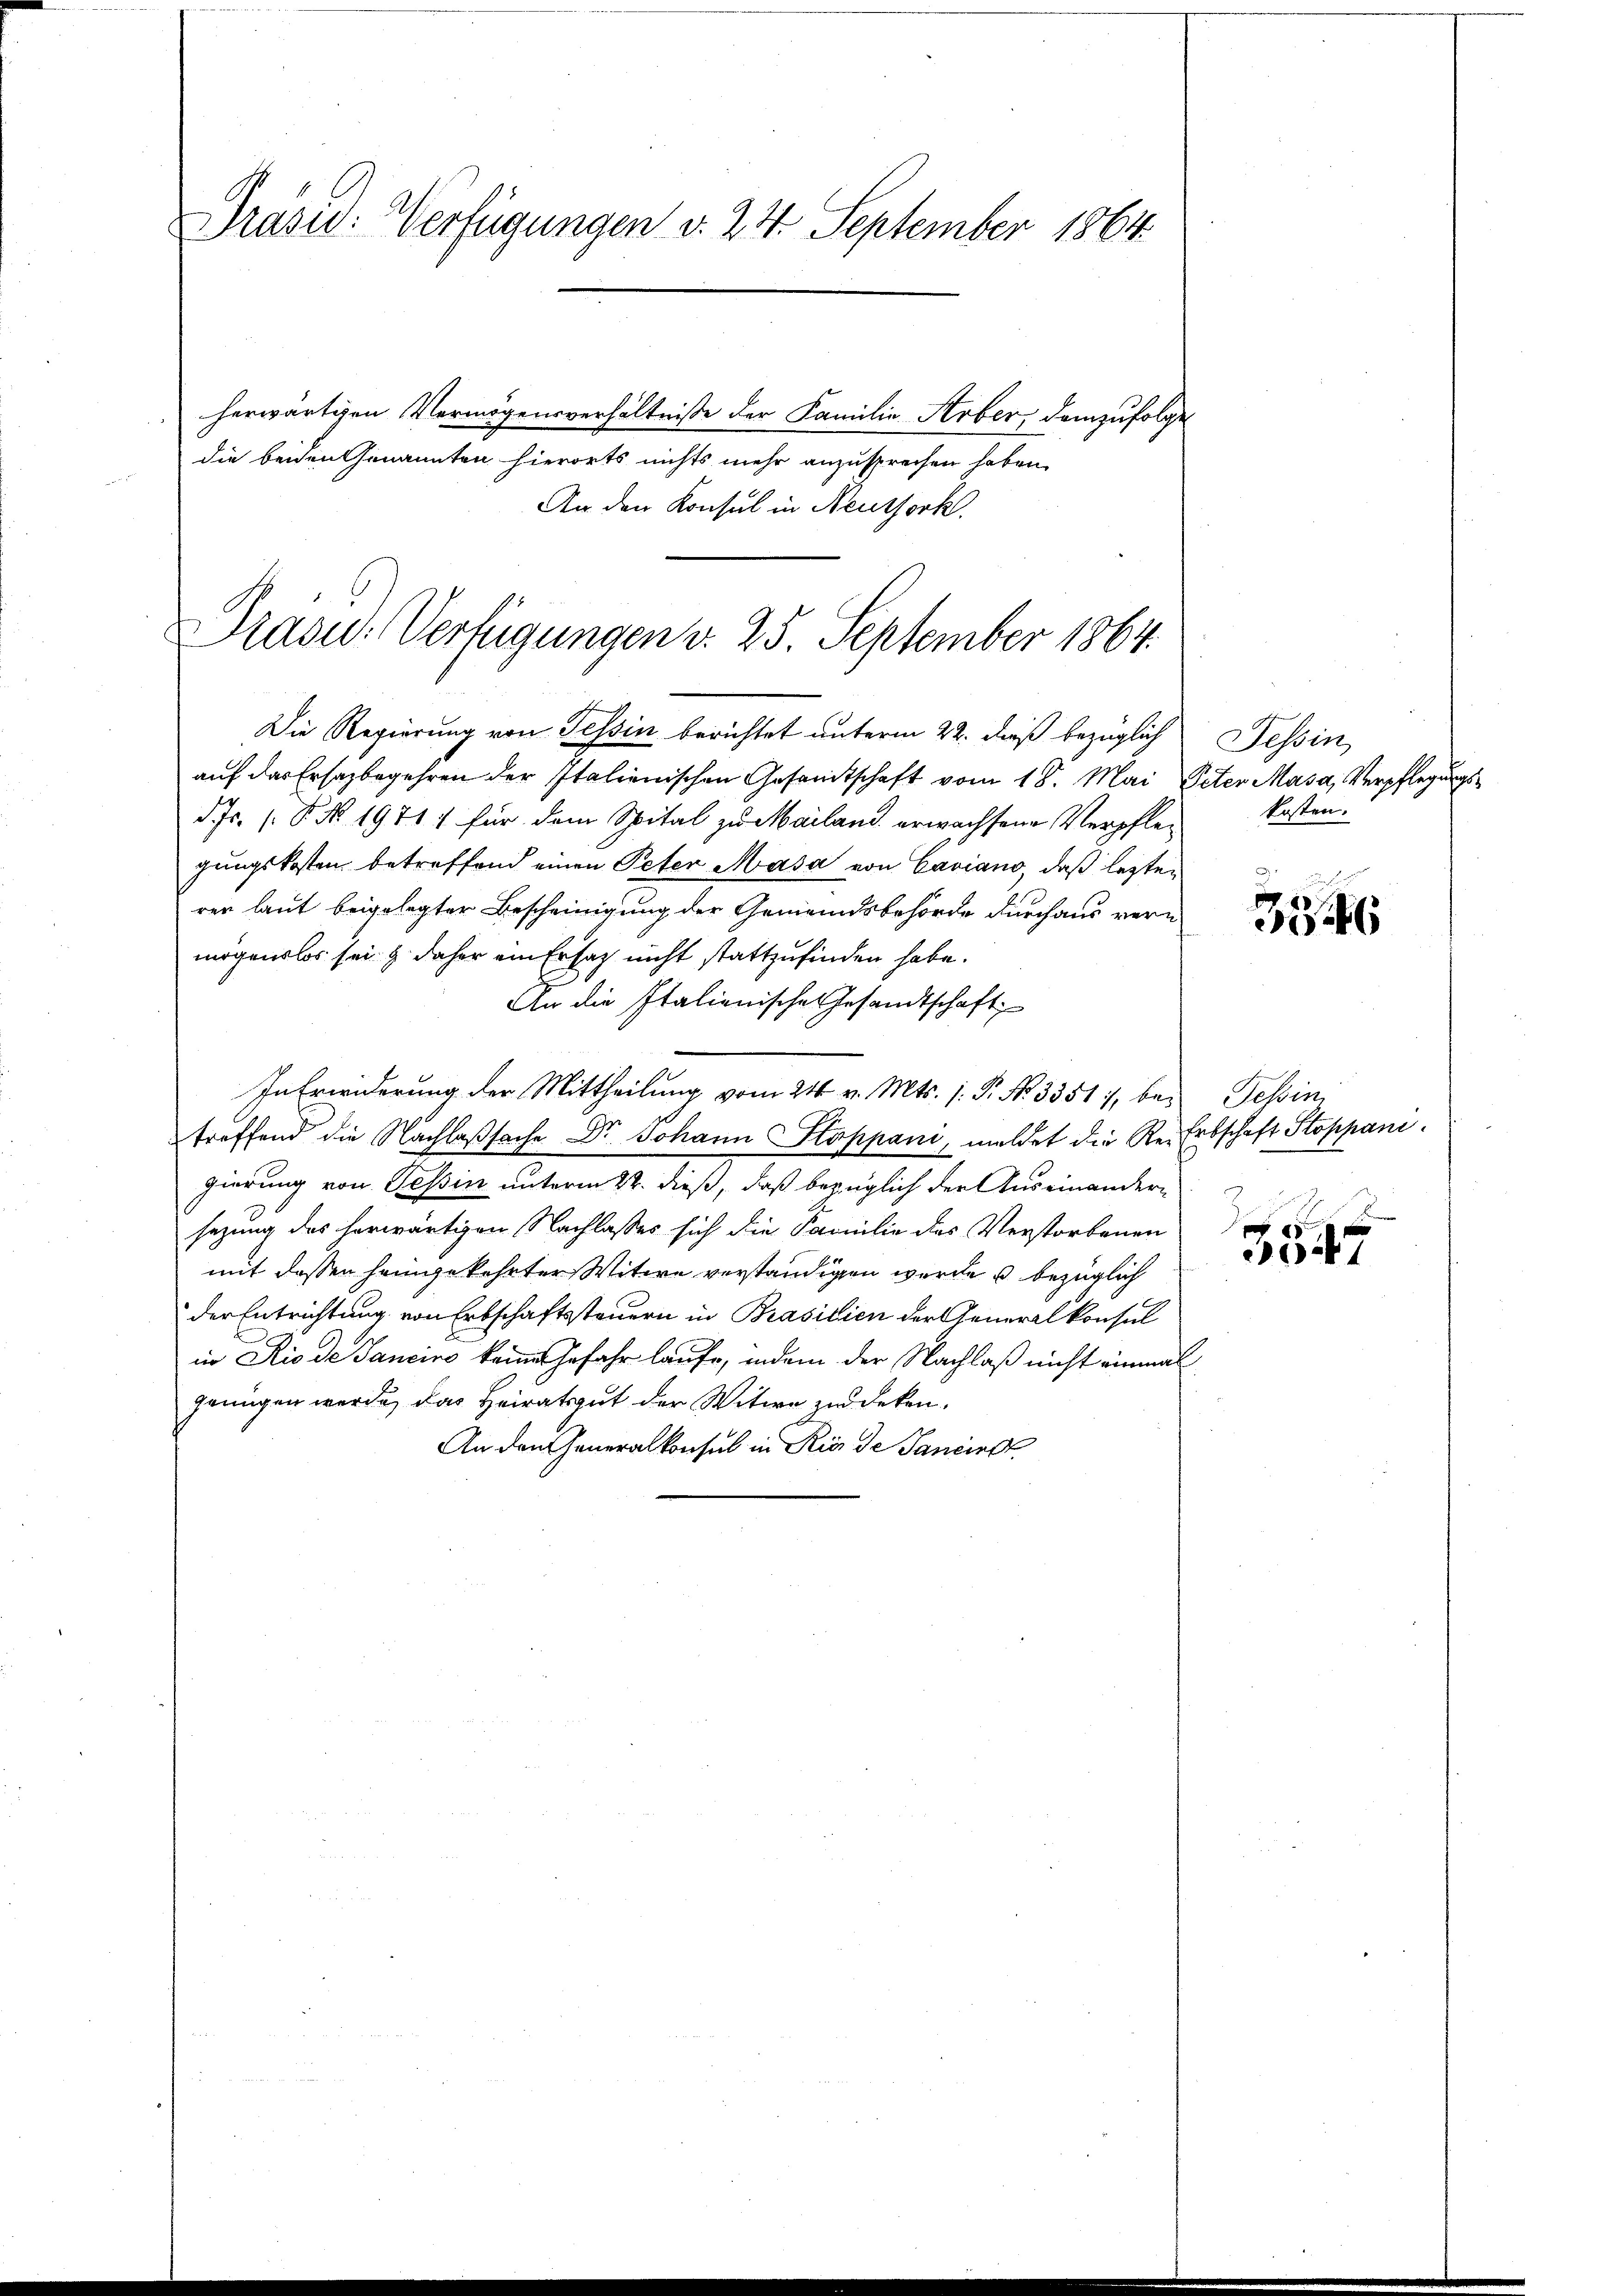
Präsid: Verfügungen v. 24. September 1864.
herwärtigen Vermögensverhältnisse der Familie Arber, demzufolge
die beiden Genannten hierorts nichts mehr anzusprechen haben.

An den Konsul in Neuthork

Präsid.. Verfügungen v. 25. September 1864.

Die Regierung von Tessin berichtet unterm 22. dieß bezüglich
auf das Ersazbegehren der Italienischen Gesandtschaft vom 18. Mai Peter Masa, Verpflegungsd. Js. s. B. No. 1971 1 für dem Spital zu Mailand erwachsene Verpflegungskosten betreffend einen Peter Masa von Caviano, daß lezten
ren laut beigelegter Bescheinigung der Gemeindsbehörde durchaus vern
mögenslos sei & daher am Ersatz nicht stattzufinden habe.
An die Italienische Gesandtschaft
In Erwiderung der Mittheilung vom 24. v. Mts. 1. P. Nr. 3351, bei Tessin
treffend die Nachlaßsache Dr. Johann Stoppani, meldet die Re-Erbschaft Stoppani
gierung von Tessin unterm 22. dieß, daß bezüglich der Auseinandern
sezung des herwärtigen Nachlasses sich die Familie des Verstorbenen
mit dessen heimgekehrter Witwe verständigen wurde bezüglich
der Entrichtung von Erbschaftssteuern in Brasilien der Generalkonsul
in Rio de Sancino keine Gefahr laufe, indem der Nachlaß nicht einmal
genügen werde, das Heiratsgut der Witwe zu deken.
An den Generalkonsul in Rio de Sanciret

Tessin,
kosten.

346

g

3547